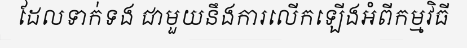
ដែលទាក់ទង ជាមួយនឹងការលើកឡើងអំពីកម្មវិធី